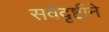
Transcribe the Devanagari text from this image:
सर्वदृष्टीने